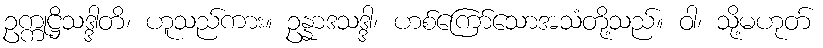
ဥက္ကုဋ္ဌိသဒ္ဒါတိ၊ ဟူသည်ကား။ ဥန္နာဒသဒ္ဒါ၊ ဟစ်ကြော်သောအသံတို့သည်။ ဝါ၊ သို့မဟုတ်